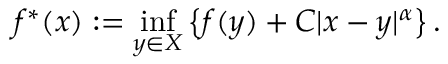
f ^ { * } ( x ) : = \operatorname* { i n f } _ { y \in X } \left\{ f ( y ) + C | x - y | ^ { \alpha } \right\} .